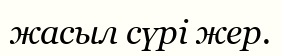
жасыл сүрі жер.